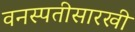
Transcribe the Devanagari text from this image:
वनस्पतीसारखी